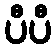
ပီပီ